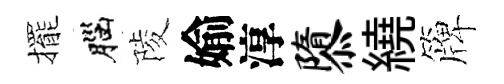
擺腦陵媮淳隳繞簰